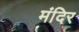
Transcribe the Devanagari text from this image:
मंिदर